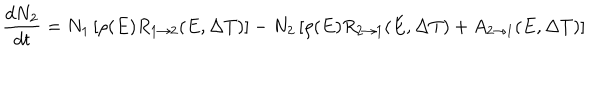
LaTeX: \frac { d N _ { 2 } } { d t } = N _ { 1 } \left[ \rho ( E ) R _ { 1 \rightarrow 2 } ( E , \Delta T ) \right] - N _ { 2 } \left[ \rho ( E ) R _ { 2 \rightarrow 1 } ( E , \Delta T ) + A _ { 2 \rightarrow 1 } ( E , \Delta T ) \right]